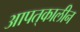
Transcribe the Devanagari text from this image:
आपत्‌कालीन